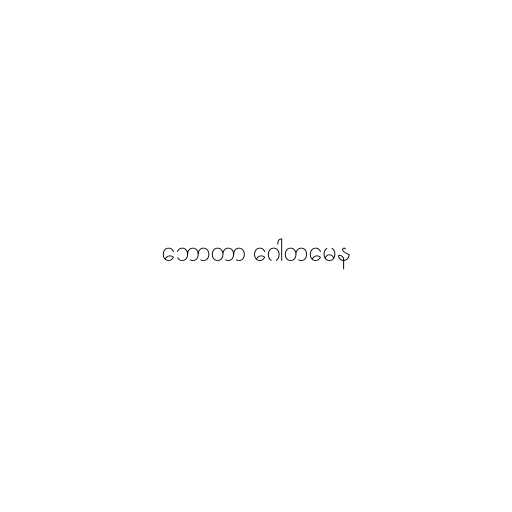
ဘောတာ ဂေါတမေန